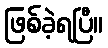
ဖြစ်ခဲ့ရပြီ။